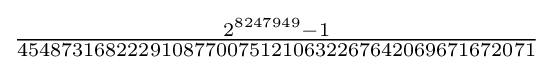
{\tfrac {2^{8247949}-1}{45487316822291087700751210632267642069671672071}}